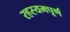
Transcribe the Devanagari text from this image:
रहस्यमपूर्ण